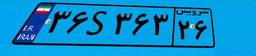
۰۸S۳۵۳۳۳